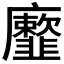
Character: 𩐕